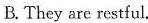
B. They are restful.